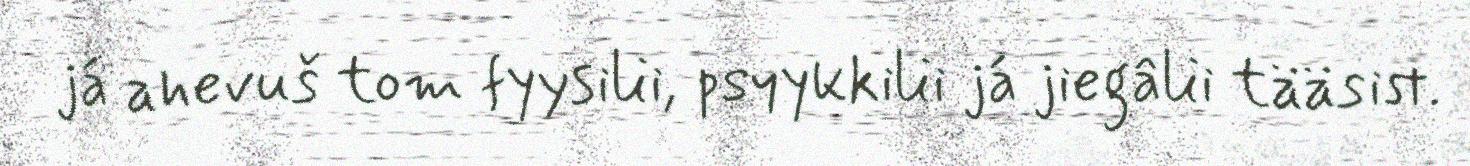
já ahevuš tom fyysilii, psyykkilii já jiegâlii tääsist.